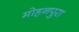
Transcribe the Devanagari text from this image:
मोहनपुरा